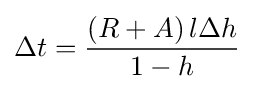
\Delta t={\frac {\left(R+A\right)l\Delta h}{1-h}}